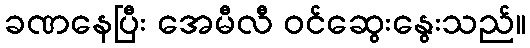
ခဏနေပြီး အေမီလီ ဝင်ဆွေးနွေးသည်။